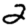
Digit: 2